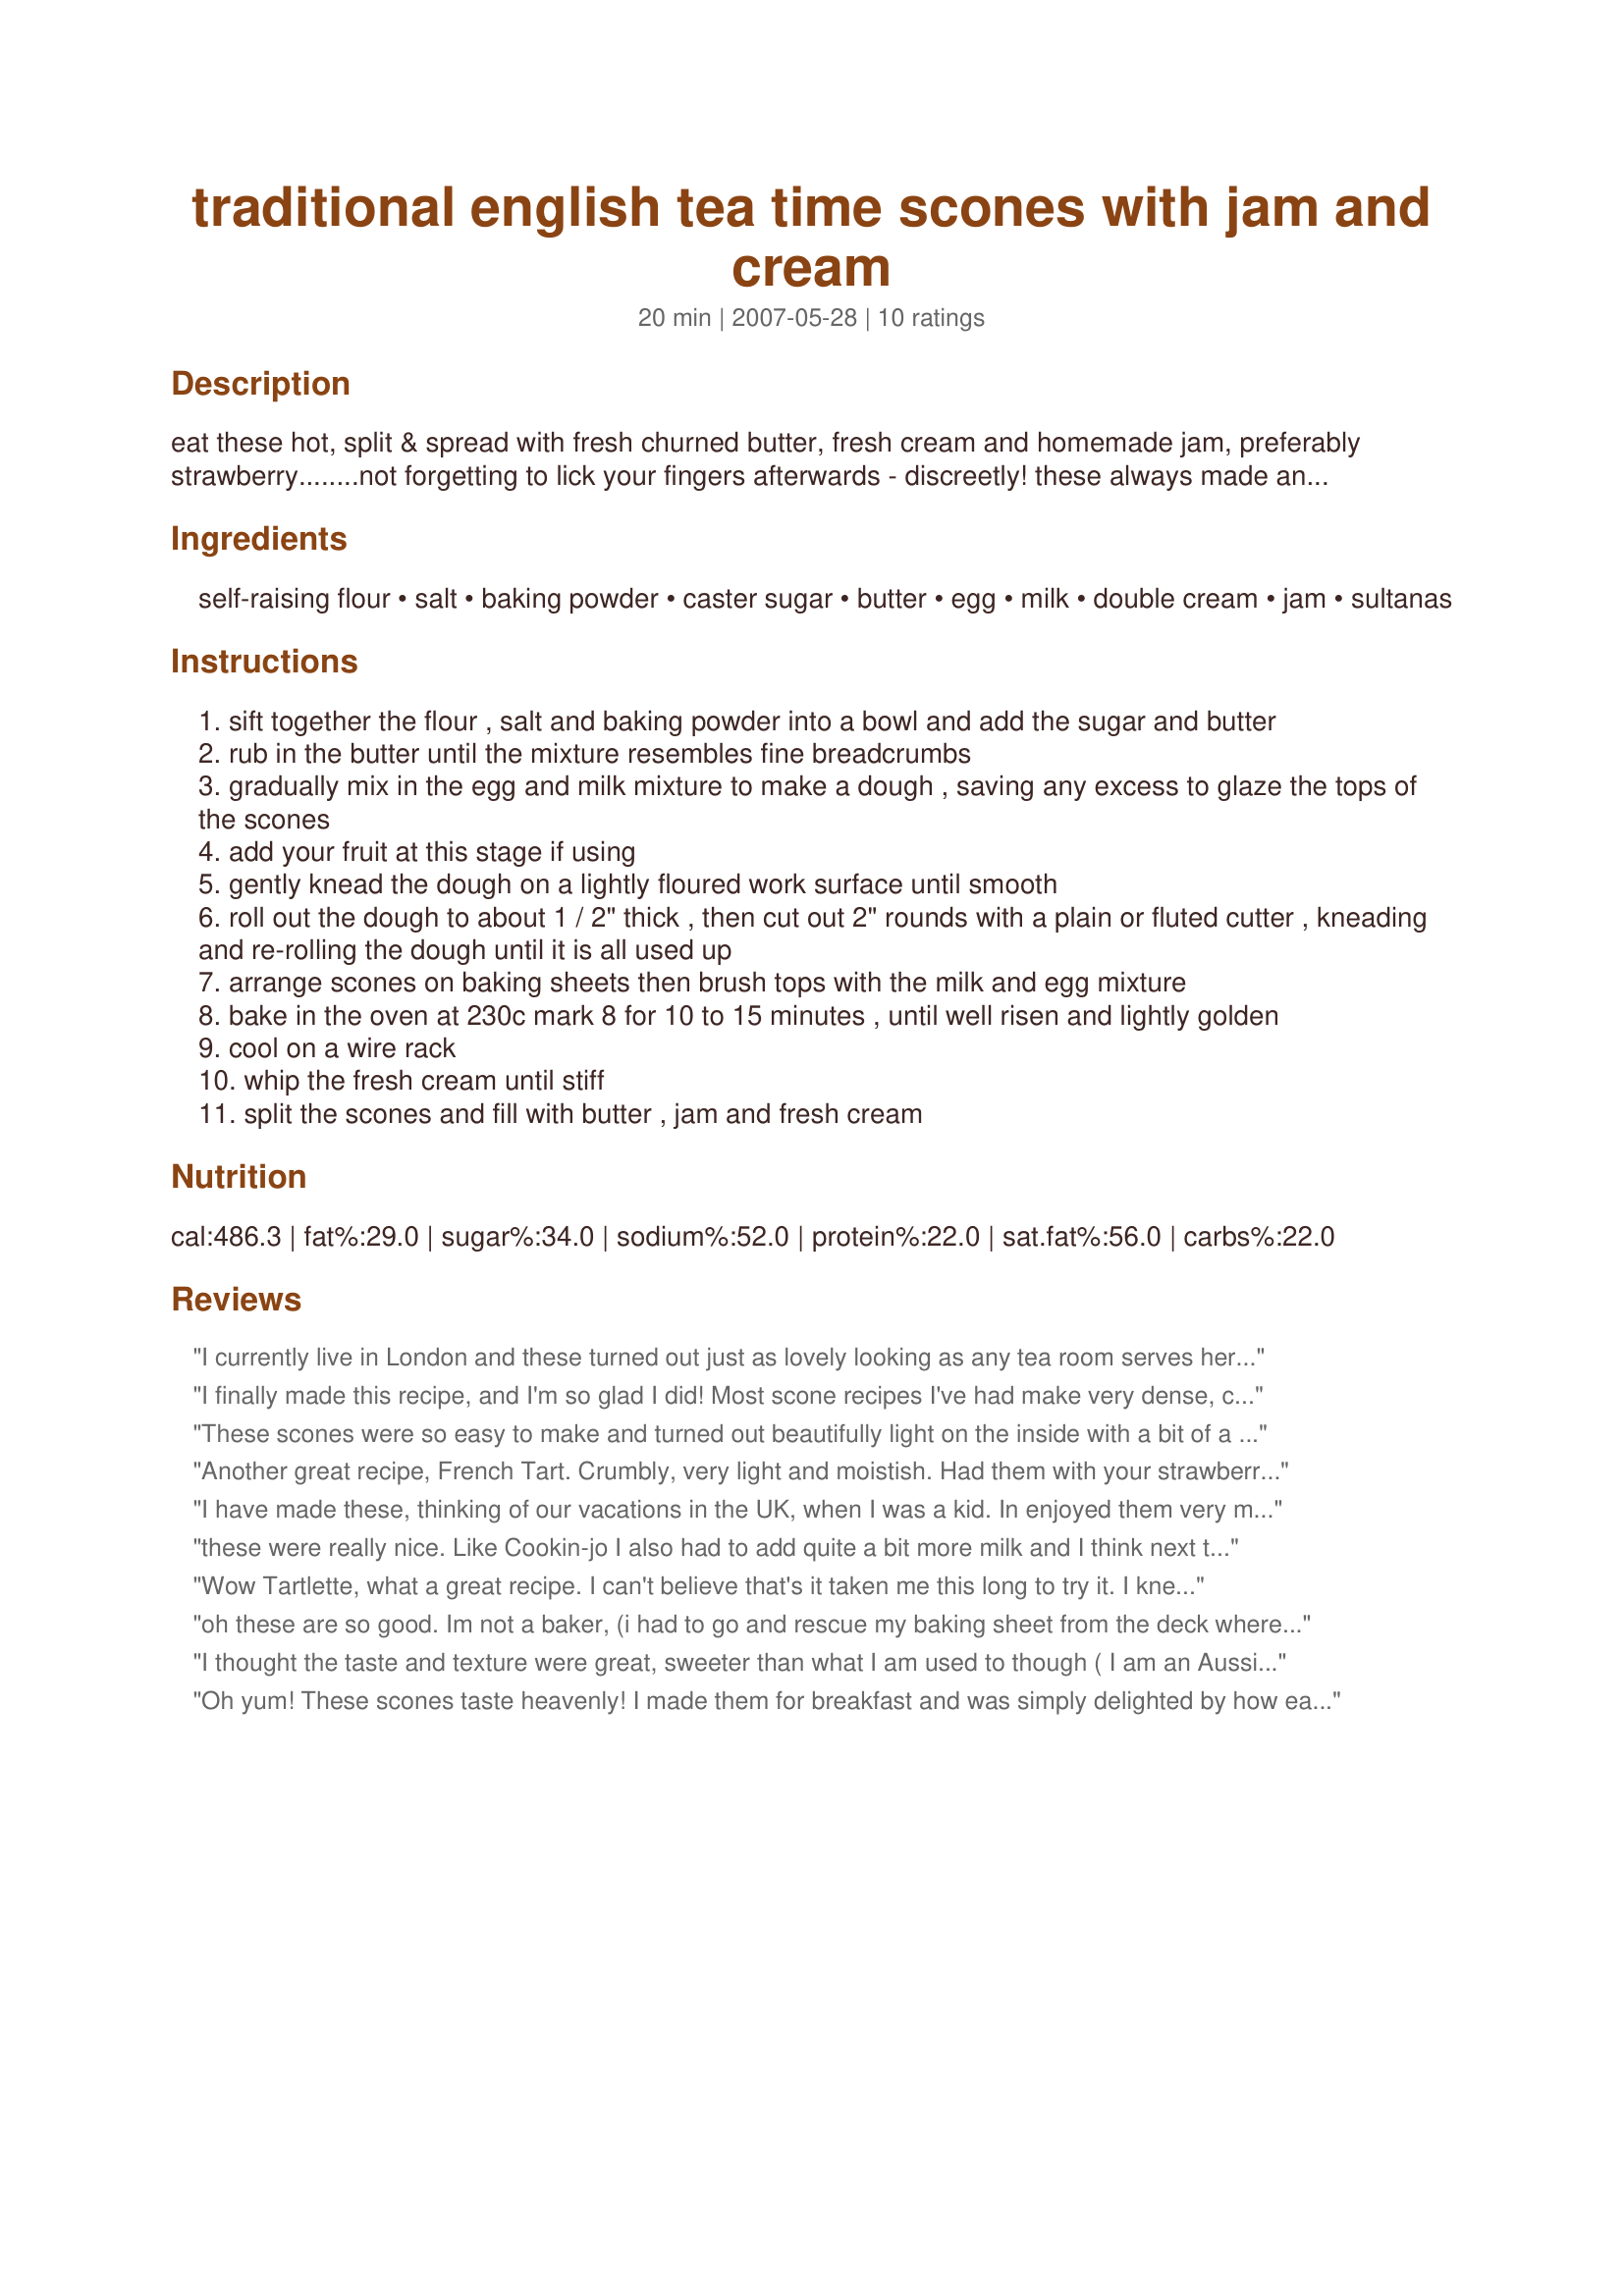
traditional english tea time scones with jam and cream
Preparation time: 20 minutes

eat these hot, split & spread with fresh churned butter, fresh cream and homemade jam, preferably strawberry........not forgetting to lick your fingers afterwards - discreetly! these always made an appearance on my mum and grandmother's afternoon tea table....it's simply expected my dear! you can also add dried fruit to these to make traditional fruit scones, such as sultanas, currants and raisins; i have added that option in the recipe. the traditional english cream tea is very popular in the south west of england, especially in devon and cornwall - there you will be offered a pot of tea with fluffy warm scones, butter, cream and strawberry jam. in devon, you will be served double devon cream and in cornwall, you will be offered clotted cream – that’s the main difference.

Ingredients:
self-raising flour, salt, baking powder, caster sugar, butter, egg, milk, double cream, jam, sultanas

Steps:
sift together the flour , salt and baking powder into a bowl and add the sugar and butter
rub in the butter until the mixture resembles fine breadcrumbs
gradually mix in the egg and milk mixture to make a dough , saving any excess to glaze the tops of the scones
add your fruit at this stage if using
gently knead the dough on a lightly floured work surface until smooth
roll out the dough to about 1 / 2" thick , then cut out 2" rounds with a plain or fluted cutter , kneading and re-rolling the dough until it is all used up
arrange scones on baking sheets then brush tops with the milk and egg mixture
bake in the oven at 230c mark 8 for 10 to 15 minutes , until well risen and lightly golden
cool on a wire rack
whip the fresh cream until stiff
split the scones and fill with butter , jam and fresh cream

Reviews:
I currently live in London and these turned out just as lovely looking as any tea room serves here. Extremely easy to make and accurate measurements. I had no issues at all with the amount of liquid. The taste was light, fluffy and not too sweet.
I finally made this recipe, and I'm so glad I did! Most scone recipes I've had make very dense, crumbly scones but not this one! This is a 5-star recipe because it's very easy to make and the scone is light and fluffy. Thank you for my new go-to scone recipe!
These scones were so easy to make and turned out beautifully light on the inside with a bit of a crunch on the outside. They are not really sweet, the sweetness comes from the toppings you use on them. My family loves to eat scones/biscuits as a dessert with whipped cream and berries and these were perfect for that. I suspect I made a mistake measuring the flour (made my own self-raising flour) as I had to use quite a bit more milk to hold the dough together. This didn't seem to affect the scones, the texture was still good. I also used granulated sugar and whizzed it in the food processor to grind it a bit finer. Thanks, FT....lovely scones!
Another great recipe, French Tart. Crumbly, very light and moistish. Had them with your strawberry conserve (another winner) I did a couple of things different, I used the food processor to cut butter into flour mix before using bowl and spoon to mix in milk and cut disc into wedges as SWMBO likes scones better as triangles. <br/><br/>I used 1/2 tsp of salt. Too much salt in mix was cook's problem as quantity was 'to taste'.
I have made these, thinking of our vacations in the UK, when I was a kid. In enjoyed them very much and they brought back lovely memories!
I will make these again!
Thanks for posting! Made for EU Challenge during ZWT4.
these were really nice. Like Cookin-jo I also had to add quite a bit more milk and I think next time I will cut down on the salt just a bit as well as I could taste it in the cooked product and I don't feel that I should have been able too. Beautiful with whipped cream and raspbery jam.
Wow Tartlette, what a great recipe. I can't believe that's it taken me this long to try it. I knew that it would be great, I just didn't realize that it would be this amazing. Made as written and wouldn't change a thing. The texture was perfect, crunchy and crispy on the outside and tender and delicious on the inside. Simply perfect served with butter, whipped cream and homemade freezer jam. Love this, it's going into my favorites Cookbook for 2018. Kudos my friend. Made for What's on the Menu Tag Game.
oh these are so good. Im not a baker, (i had to go and rescue my baking sheet from the deck where i put raccoon food on it) but so easy and tasted delicious. I made them with the cream and raspberries. Waistline is expanding!

For thenon bakers like me, dont get scared if your dough isnt smooth or the scones are different heights. They still work!!
I thought the taste and texture were great, sweeter than what I am used to though ( I am an Aussie living in the US), I will only add 2 teaspoons next time, and I needed more milk, although I did check online and I think British pints are different to American ones?
Oh yum! These scones taste heavenly! I made them for breakfast and was simply delighted by how easy they were to put together and how nice they turned out- so fluffy and soft. I didn't need all the milk for my dough and used the rest to glaze the scones with. So they got a nice brown top.
I had to bake them slightly longer than stated (12 minutes) but perhaps that was because mine were quite big (I got 6 ones out of the recipe).
Thank you so much for sharing these, FT!
